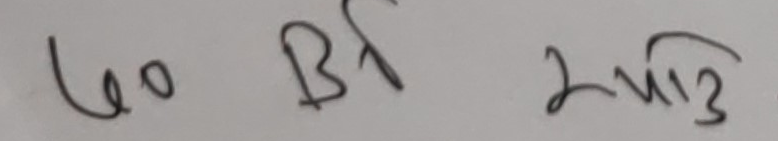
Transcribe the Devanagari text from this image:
७०  Bा  २√३